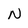
Character: N